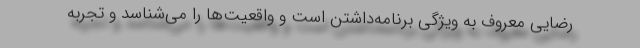
رضایی معروف به ویژگی برنامه‌داشتن است و واقعیت‌ها را می‌شناسد و تجربه